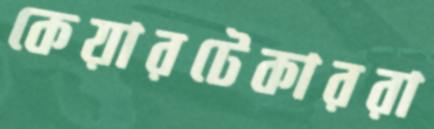
কেয়ারটেকাররা